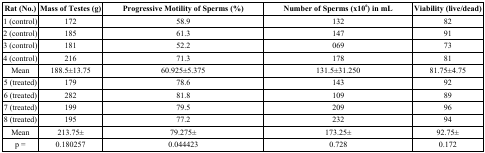
<table><thead><tr><td><b>Rat (No.)</b></td><td><b>Mass of Testes (g)</b></td><td><b>Progressive Motility of Sperms (%)</b></td><td><b>Number of Sperms (x10<sup>6</sup>) in mL</b></td><td><b>Viability (live/dead)</b></td></tr></thead><tbody><tr><td>1 (control)</td><td>172</td><td>58.9</td><td>132</td><td>82</td></tr><tr><td>2 (control)</td><td>185</td><td>61.3</td><td>147</td><td>91</td></tr><tr><td>3 (control)</td><td>181</td><td>52.2</td><td>069</td><td>73</td></tr><tr><td>4 (control)</td><td>216</td><td>71.3</td><td>178</td><td>81</td></tr><tr><td>Mean</td><td>188.5±13.75</td><td>60.925±5.375</td><td>131.5±31.250</td><td>81.75±4.75</td></tr><tr><td>5 (treated)</td><td>179</td><td>78.6</td><td>143</td><td>92</td></tr><tr><td>6 (treated)</td><td>282</td><td>81.8</td><td>109</td><td>89</td></tr><tr><td>7 (treated)</td><td>199</td><td>79.5</td><td>209</td><td>96</td></tr><tr><td>8 (treated)</td><td>195</td><td>77.2</td><td>232</td><td>94</td></tr><tr><td>Mean</td><td>213.75±</td><td>79.275±</td><td>173.25±</td><td>92.75±</td></tr><tr><td>p =</td><td>0.180257</td><td>0.044423</td><td>0.728</td><td>0.172</td></tr></tbody></table>